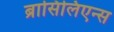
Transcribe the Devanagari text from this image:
ब्रासिलिएन्स